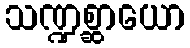
သဏ္ဍစ္ဆာယော